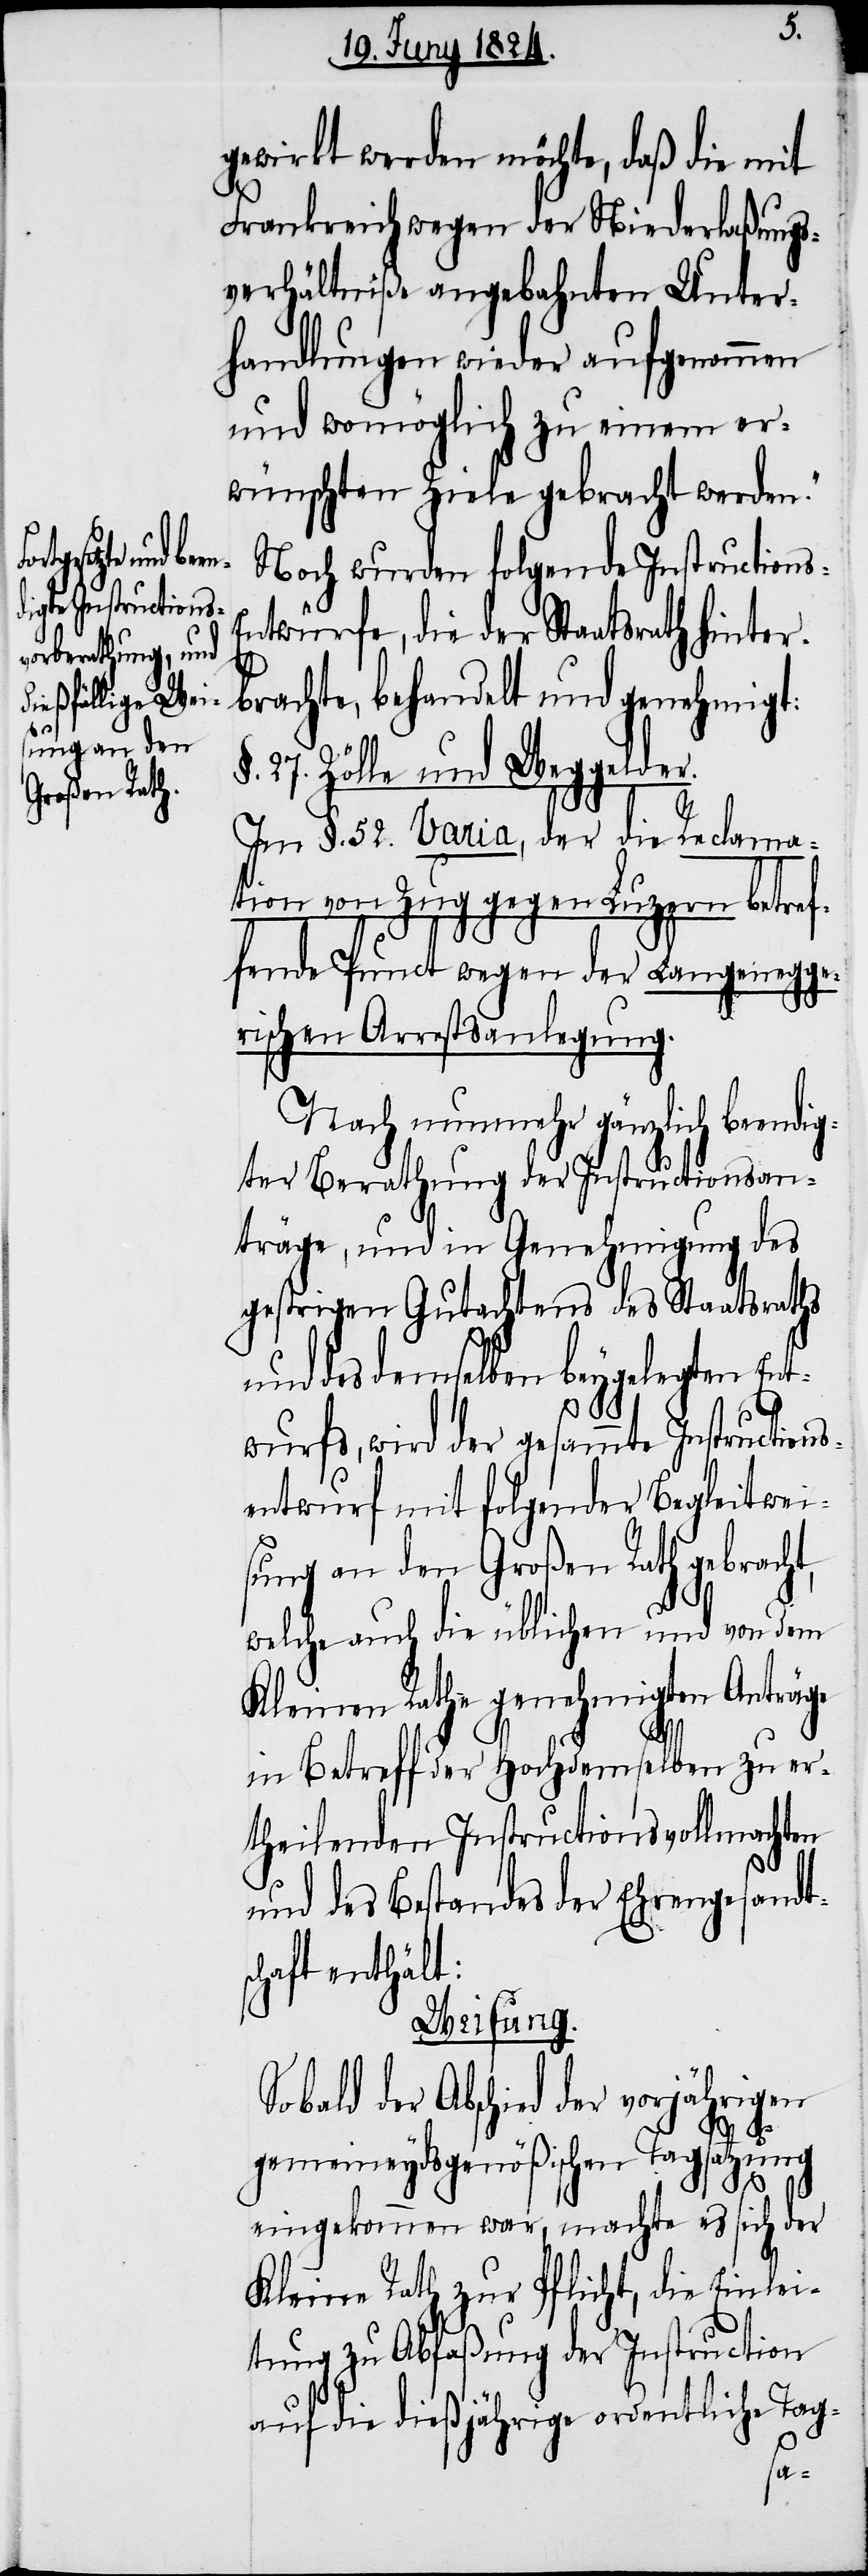
gewirkt werden möchte, daß die mit
Frankreich wegen der Niederlaßungs¬
verhältniße angebahnten Unter¬
handlungen wieder aufgenommen
und womöglich zu einem er¬
wünschten Ziele gebracht werden.“
Noch wurden folgende Instructions-E¬
ntwürfe, die der Staatsrath hinter¬
brachte, behandelt und genehmigt:
§. 27. Zölle und Weggelder.
In §. 52. Varia, der die Reclama¬
tion von Zug gegen Luzern betref¬
fend Punct wegen der Langenegge¬
rischen Arrestsanlegung.
Nach nunmehr gänzlich beendi¬
gter Berathung der Instructionsan¬
träge, und in Genehmigung des
gestrigen Gutachtens des Staatsraths
und des demselben beygelegten Ent¬
wurfs, wird der gesammte Instructions¬
entwurf mit folgender Begleitwei¬
sung an den Großen Rath gebracht,
welche auch die üblichen und von dem
Kleinen Rathe genehmigte Anträge
in Betreff der Hochdemselben zu er¬
theilenden Instructionsvollmachten
und des Bestandes der Ehrengesandts¬
chaft enthält:
Weisung.
So bald der Abschied der vorjährigen
gemeineydsgenößischen Tagsatzung
eingekommen war, machte es sich der
Kleine Rath zur Pflicht, die Einlei¬
tung zu Abfaßung der Instructionen
auf die dießjährige ordentliche Tag-